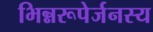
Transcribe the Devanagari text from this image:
भिन्नरूपेर्जनस्य